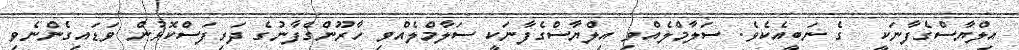
އިލްޔާސްގެފާނަކީ  ގެ ނަބީއެކެވެ. ސަލާމްލެއްވި އިލްޔާސްގެފާނަކީ ސަލާމްލެއްވި ހާރޫންގެފާނުގެ ދަރިފަސްކޮޅުން ވަޑައިގެންނެވި